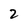
Character: 2